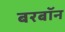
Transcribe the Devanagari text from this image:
बरबॉन